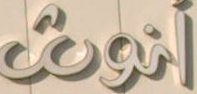
اتوق